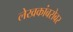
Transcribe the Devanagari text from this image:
लेखकांबरोबर